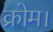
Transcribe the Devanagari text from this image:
क्रोम।